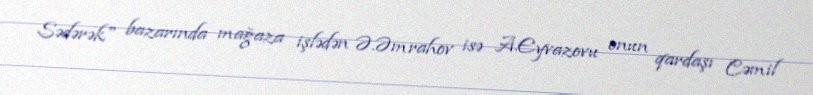
Sədərək" bazarında mağaza işlədən Ə.Əmrahov isə A.Eyvazovu onun qardaşı Cəmil